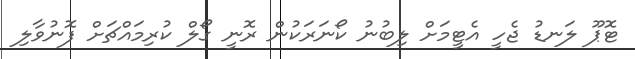
ޓޮޕޫ ލަނޑު ޖެހީ އެޓީމަށް ލިބުނު ކޯނަރަކުން ރޮނީ ގޯލް ކުރިމައްޗަށް ފޮނުވާލި